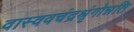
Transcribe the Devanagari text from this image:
वास्ववचंद्रश्रृंगोन्नति